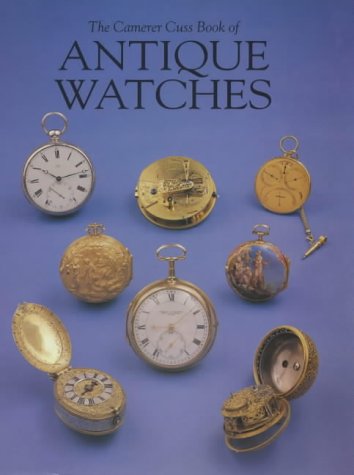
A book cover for The Camerer Cuss Book of Antique Watches; T. P. Camerer; Crafts, Hobbies & Home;